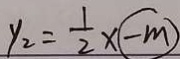
y _ { 2 } = \frac { 1 } { 2 } x \textcircled { - m }